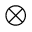
\otimes